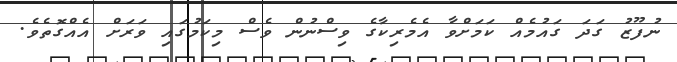
ނުފޫޒު ގަދަ ގައުމެއް ކަމަށްވާ އެމެރިކާގެ ވިސްނުން ވެސް މިކަމުގައި ވަރަށް އެއްގޮތެވެ.